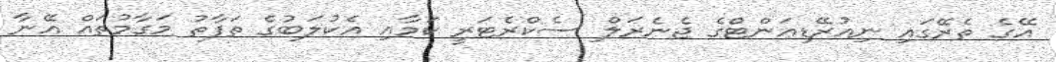
އޭގެ ތެރޭގައި ނިއުރޭޑިއަންޓްގެ ޖެނެރަލް ސެކްރެޓަރީ ކަމާއި އެކުލަބުގެ ތަފާތު މަގާމުތައް އޭނާ